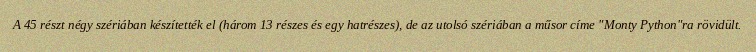
A 45 részt négy szériában készítették el (három 13 részes és egy hatrészes), de az utolsó szériában a műsor címe "Monty Python"ra rövidült.